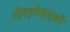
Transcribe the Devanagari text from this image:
दोस्तोव्स्की